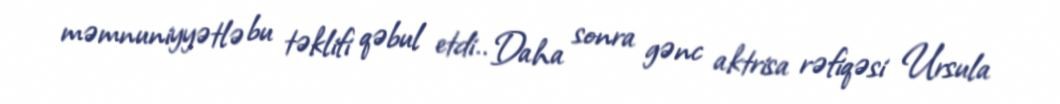
məmnuniyyətlə bu təklifi qəbul etdi.. Daha sonra gənc aktrisa rəfiqəsi Ursula